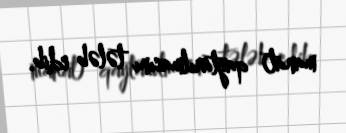
manat) qaytarılmasını tələb edib.